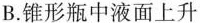
B.锥形瓶中液面上升